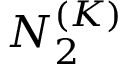
N _ { 2 } ^ { ( K ) }